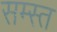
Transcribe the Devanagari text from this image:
सम्स्त